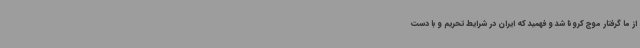
از ما گرفتار موج کرونا شد و فهمید که ایران در شرایط تحریم و با دست